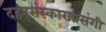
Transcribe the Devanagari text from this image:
दहनसंस्काराप्रसंगी